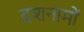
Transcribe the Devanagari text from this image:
दशनामों